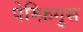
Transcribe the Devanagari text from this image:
पेम्फ़िगुस